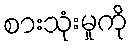
စားသုံးမှုကို